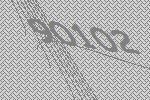
90102